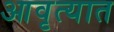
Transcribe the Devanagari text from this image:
आवृत्यात